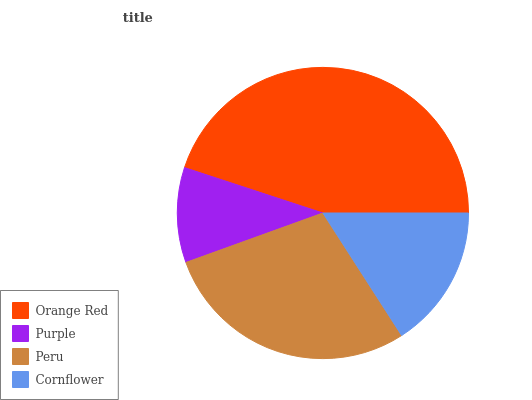
| Orange Red | Purple | Peru | Cornflower |
 | --- | --- | --- | --- |
 | 44.9% | 10.6% | 28.7% | 15.9% |